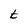
Character: t